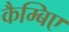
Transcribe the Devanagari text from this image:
कैम्बिए